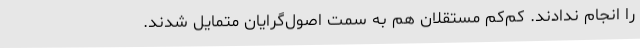
را انجام ندادند. کم‌کم مستقلان هم به سمت اصول‌گرایان متمایل شدند.